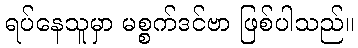
ရပ်နေသူမှာ မစ္စက်ဒင်ဗာ ဖြစ်ပါသည်။